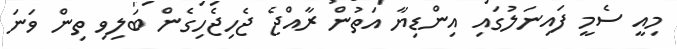
މިއީ ސެމީ ފައިނަލުގައި އިންޑިޔާ އަތުން ރާއްޖެ ޖެހިޖެހިގެން ބަލިވި ތިން ވަނަ